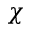
\chi